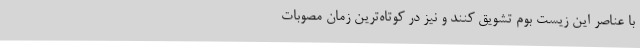
با عناصر این زیست بوم تشویق کنند و نیز در کوتاه‌ترین زمان مصوبات